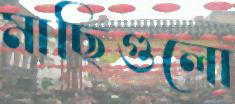
মাছিগুলো